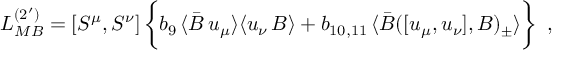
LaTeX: { \cal L } _ { M B } ^ { ( 2 ^ { \prime } ) } = [ S ^ { \mu } , S ^ { \nu } ] \, \biggl \{ b _ { 9 } \, \langle \bar { B } \, u _ { \mu } \rangle \langle u _ { \nu } \, B \rangle + b _ { 1 0 , 1 1 } \, \langle \bar { B } ( [ u _ { \mu } , u _ { \nu } ] , B ) _ { \pm } \rangle \biggr \} \, \, \, ,